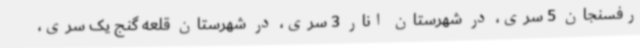
رفسنجان 5 سری، در شهرستان انار 3 سری، در شهرستان قلعه گنج یک سری،